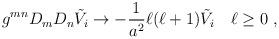
LaTeX: \begin{align*}g^{mn}D_mD_n \tilde V_i\to -\frac{1}{a^2} \ell(\ell +1)\tilde V_i\quad\ell\geq 0~,\end{align*}